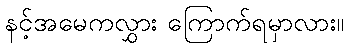
နင့်အမေကလွှား ကြောက်ရမှာလား။